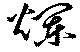
爛